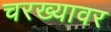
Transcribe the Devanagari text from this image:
चरख्यावर